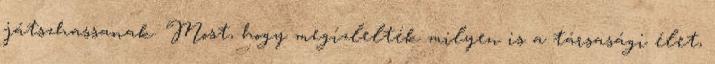
játszhassanak. Most, hogy megízlelték milyen is a társasági élet,